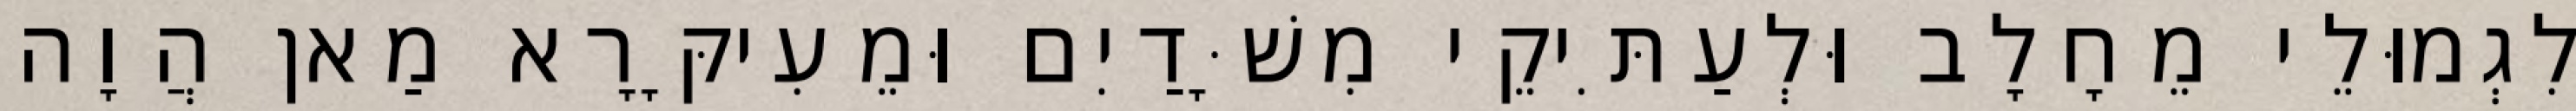
לִגְמוּלֵי מֵחָלָב וּלְעַתִּיקֵי מִשָּׁדַיִם וּמֵעִיקָּרָא מַאן הֲוָה